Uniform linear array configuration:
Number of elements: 24
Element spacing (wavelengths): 0.25
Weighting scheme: exponential
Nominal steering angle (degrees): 0
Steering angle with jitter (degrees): -1.315
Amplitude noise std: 0.05
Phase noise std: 0.05

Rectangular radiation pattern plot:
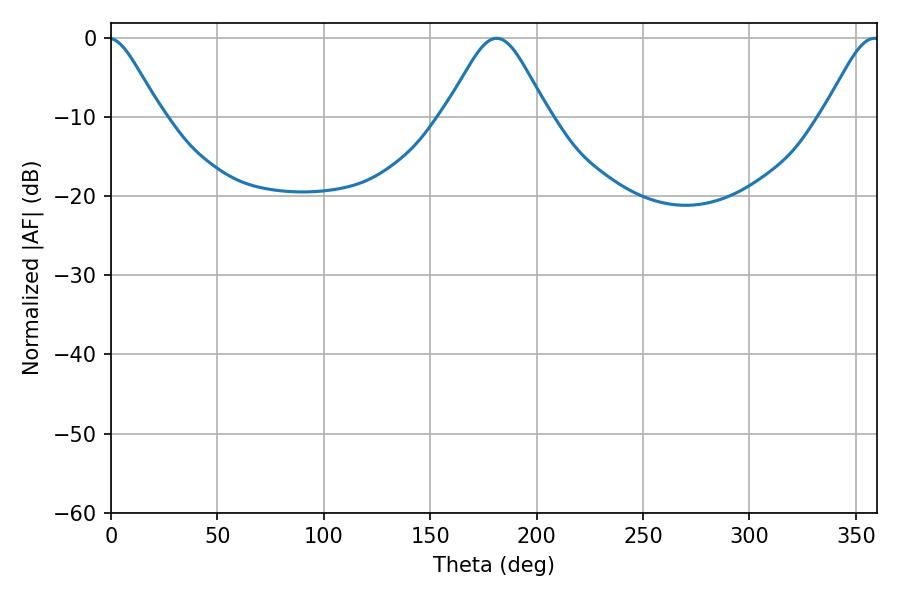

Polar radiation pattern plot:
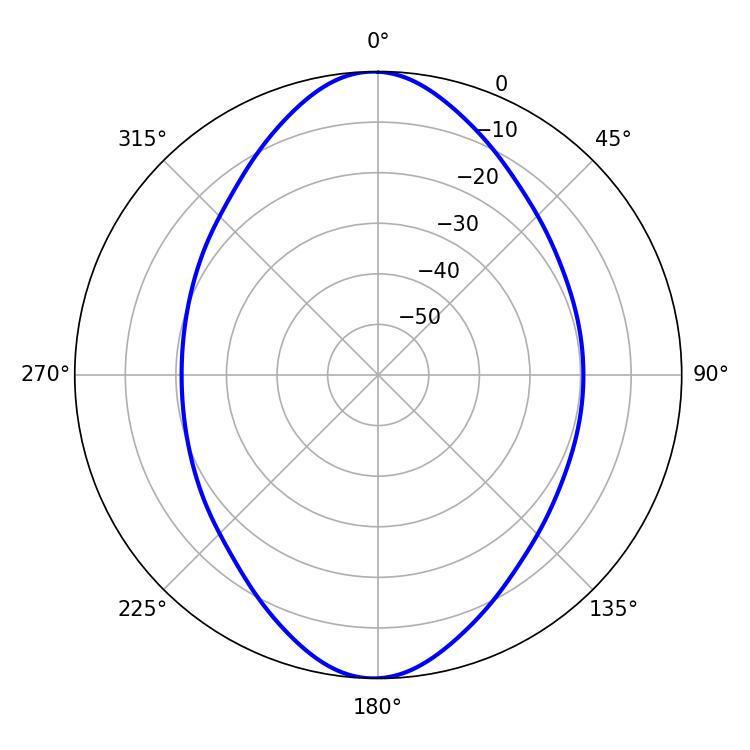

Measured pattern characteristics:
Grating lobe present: FALSE
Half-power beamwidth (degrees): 12.96
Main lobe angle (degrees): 358.74